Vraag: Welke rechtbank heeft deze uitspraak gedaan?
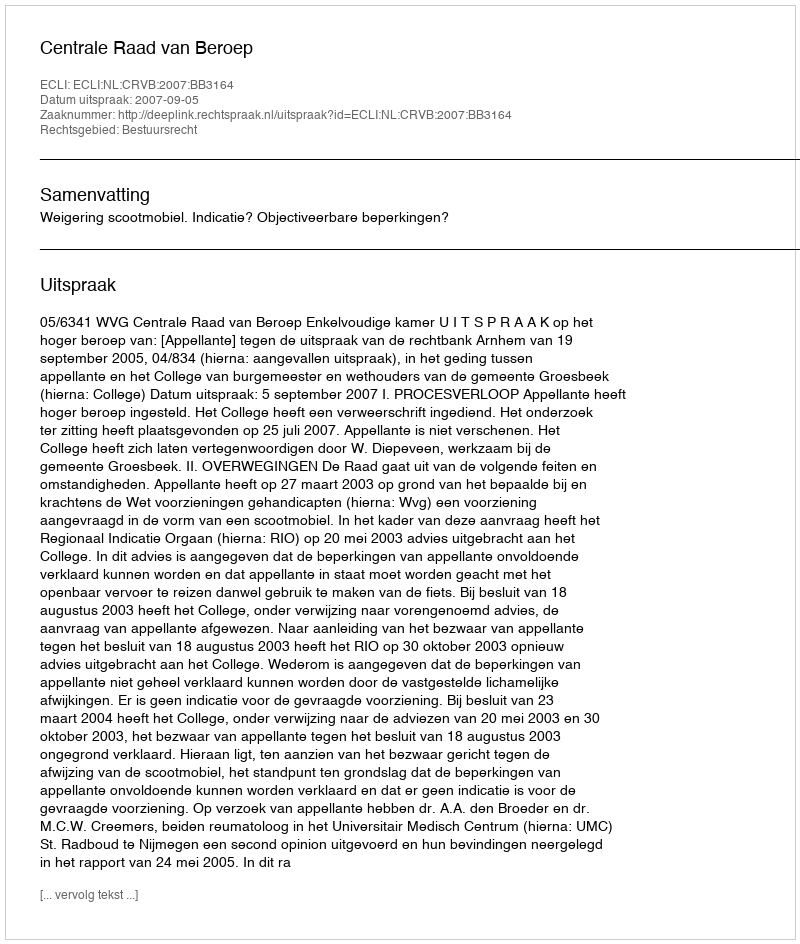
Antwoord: Centrale Raad van Beroep